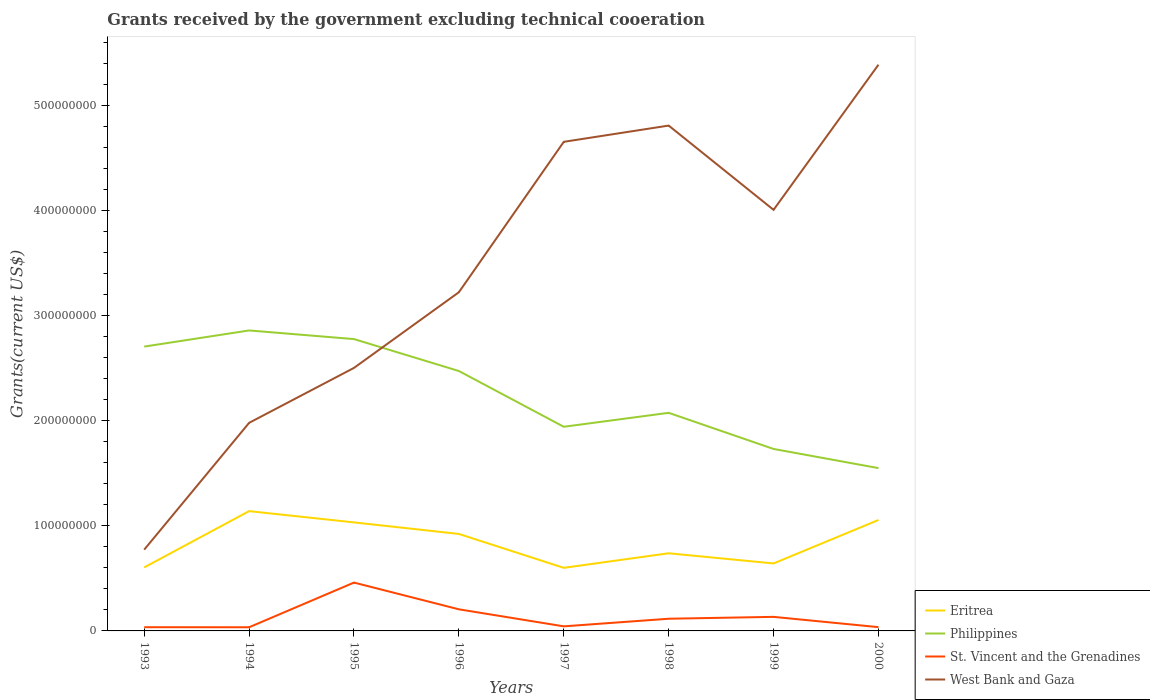
| Years | Eritrea | Philippines | St. Vincent and the Grenadines | West Bank and Gaza |
 | --- | --- | --- | --- | --- |
 | 1993 | 6.04e+07 | 2.7e+08 | 3.53e+06 | 7.73e+07 |
 | 1994 | 1.14e+08 | 2.86e+08 | 3.47e+06 | 1.98e+08 |
 | 1995 | 1.03e+08 | 2.78e+08 | 4.6e+07 | 2.5e+08 |
 | 1996 | 9.22e+07 | 2.47e+08 | 2.06e+07 | 3.22e+08 |
 | 1997 | 6e+07 | 1.94e+08 | 4.35e+06 | 4.65e+08 |
 | 1998 | 7.39e+07 | 2.07e+08 | 1.16e+07 | 4.81e+08 |
 | 1999 | 6.42e+07 | 1.73e+08 | 1.34e+07 | 4.01e+08 |
 | 2000 | 1.06e+08 | 1.55e+08 | 3.59e+06 | 5.39e+08 |